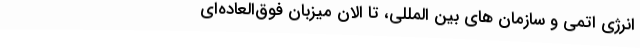
انرژی اتمی و سازمان‌ های بین المللی، تا الان میزبان فوق‌العاده‌ای